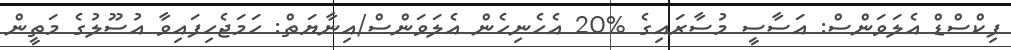
ފިކްސްޑް އެލަވަންސް: އަސާސީ މުސާރައިގެ %20 އެހެނިހެން އެލަވަންސް/އިނާޔަތް: ހަމަޖެހިފައިވާ އުސޫލުގެ މަތީން